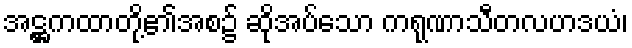
အဋ္ဌကထာတို့၏အစ၌ ဆိုအပ်သော ကရုဏာသီတလဟဒယံ၊